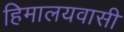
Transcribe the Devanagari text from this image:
हिमालयवासी